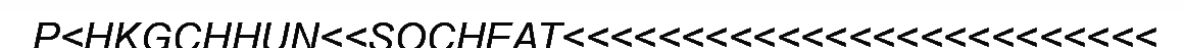
P<HKGCHHUN<<SOCHEAT<<<<<<<<<<<<<<<<<<<<<<<<<